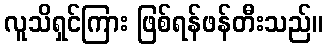
လူသိရှင်ကြား ဖြစ်ရန်ဖန်တီးသည်။